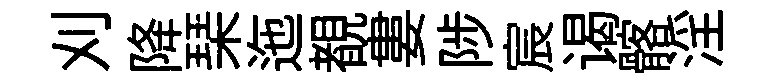
刈降琹迤覩婁陟宸谒髂淫